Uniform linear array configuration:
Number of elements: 8
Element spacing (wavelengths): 0.5
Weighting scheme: kaiser
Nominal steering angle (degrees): -45
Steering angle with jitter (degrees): -43.745
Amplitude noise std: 0.05
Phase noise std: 0.05

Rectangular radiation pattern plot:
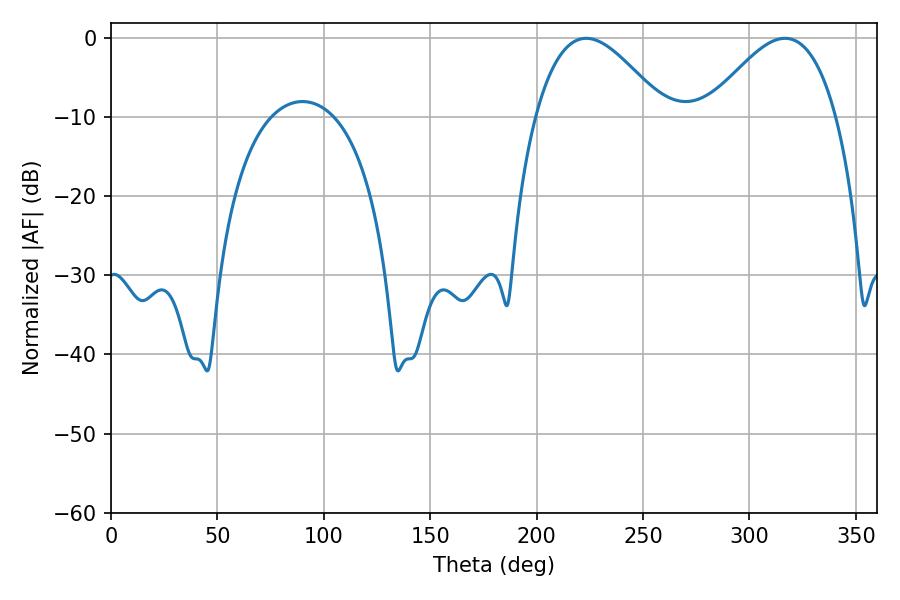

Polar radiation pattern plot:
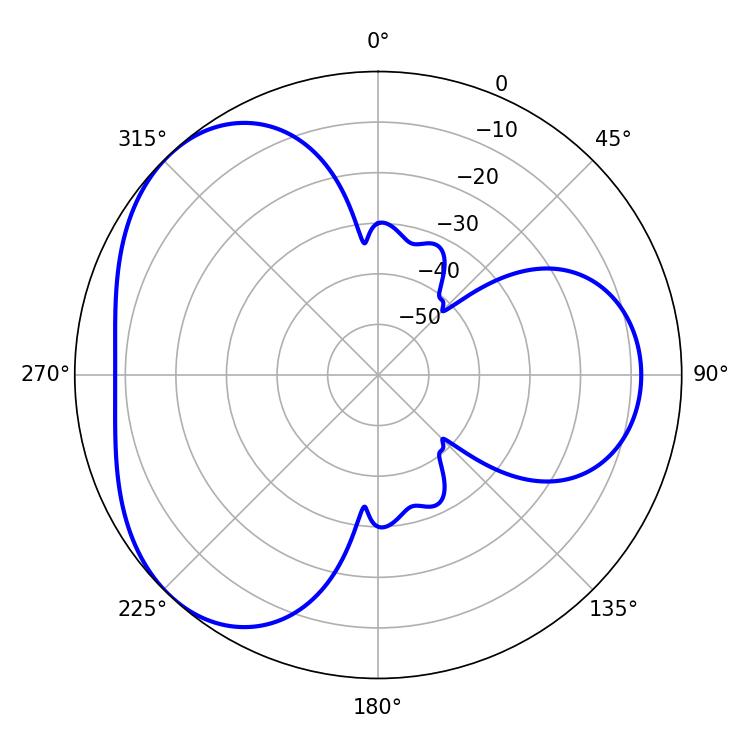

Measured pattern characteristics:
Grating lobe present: FALSE
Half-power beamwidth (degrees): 32.76
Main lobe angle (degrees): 223.2